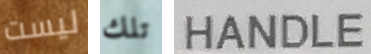
ليست تلك HANDLE